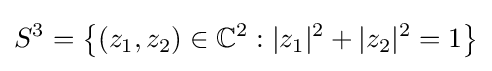
S^{3}=\left\{(z_{1},z_{2})\in \mathbb {C} ^{2}:|z_{1}|^{2}+|z_{2}|^{2}=1\right\}